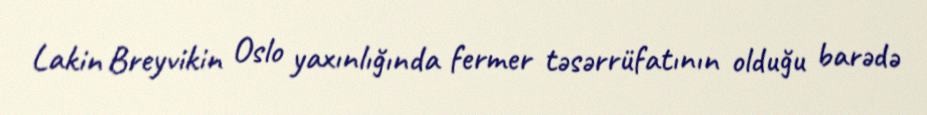
Lakin Breyvikin Oslo yaxınlığında fermer təsərrüfatının olduğu barədə